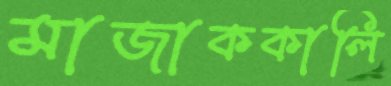
মাজাককালি